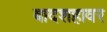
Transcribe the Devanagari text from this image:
बादशहावर